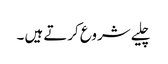
چلیے شروع کرتے ہیں ۔